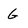
Character: G